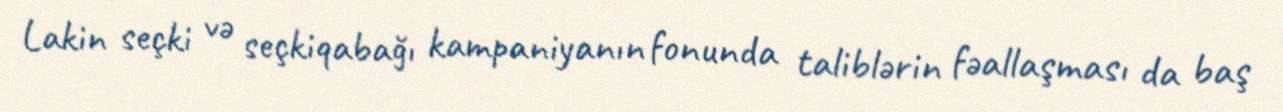
Lakin seçki və seçkiqabağı kampaniyanın fonunda taliblərin fəallaşması da baş